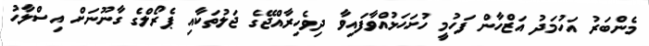
މެންބަރު އަހުމަދު އަޒްހާން ފަހުމީ ހުށަހަޅުއްވާފައިވާ ދިވެހިރާއްޖޭގެ ޖަލުތަކާއި ޕެރޯލްގެ ގާނޫނަށް އިސްލާހު